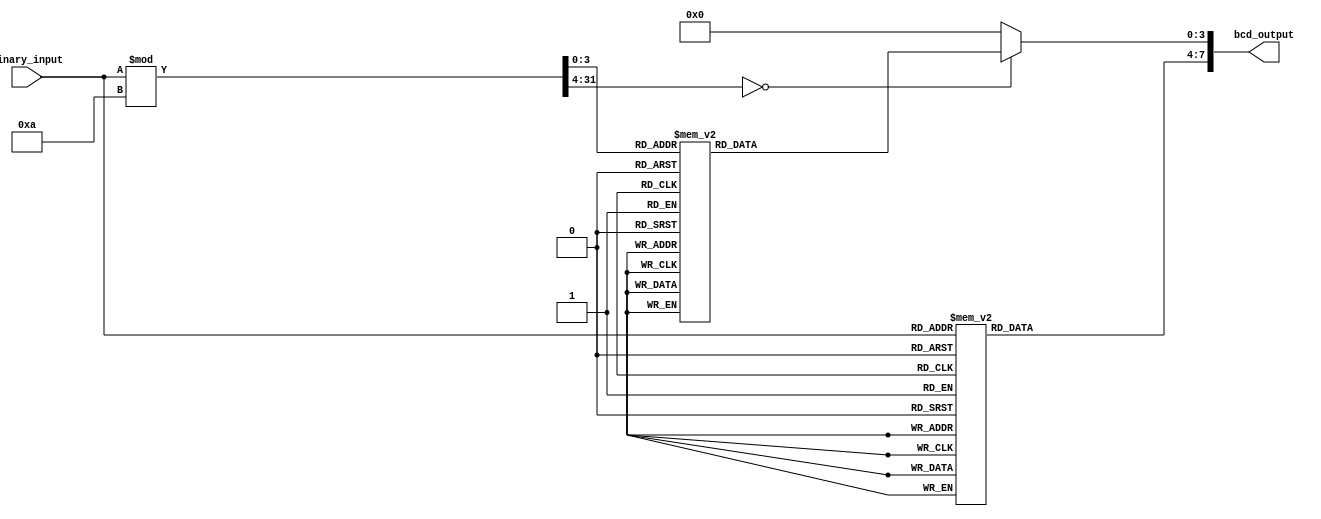
module BinaryToBCD (
  input [4:0] binary_input,
  output reg [7:0] bcd_output
);

  always @* begin
    // Tens place conversion
    case (binary_input)
      5'b00000: bcd_output[7:4] = 4'b0000;
      5'b00001: bcd_output[7:4] = 4'b0000;
      5'b00010: bcd_output[7:4] = 4'b0000;
      5'b00011: bcd_output[7:4] = 4'b0000;
      5'b00100: bcd_output[7:4] = 4'b0000;
      5'b00101: bcd_output[7:4] = 4'b0000;
      5'b00110: bcd_output[7:4] = 4'b0000;
      5'b00111: bcd_output[7:4] = 4'b0000;
      5'b01000: bcd_output[7:4] = 4'b0000;
      5'b01001: bcd_output[7:4] = 4'b0001;
      5'b01010: bcd_output[7:4] = 4'b0001;
      5'b01011: bcd_output[7:4] = 4'b0001;
      5'b01100: bcd_output[7:4] = 4'b0001;
      5'b01101: bcd_output[7:4] = 4'b0001;
      5'b01110: bcd_output[7:4] = 4'b0001;
      5'b01111: bcd_output[7:4] = 4'b0001;
      5'b10000: bcd_output[7:4] = 4'b0001;
      5'b10001: bcd_output[7:4] = 4'b0001;
      5'b10010: bcd_output[7:4] = 4'b0010;
      5'b10011: bcd_output[7:4] = 4'b0010;
      5'b10100: bcd_output[7:4] = 4'b0010;
      5'b10101: bcd_output[7:4] = 4'b0010;
      5'b10110: bcd_output[7:4] = 4'b0010;
      5'b10111: bcd_output[7:4] = 4'b0010;
      5'b11000: bcd_output[7:4] = 4'b0010;
      5'b11001: bcd_output[7:4] = 4'b0010;
      default: bcd_output[7:4] = 4'b0000; // Reset to zero for invalid input
    endcase

    // Ones place conversion
    case (binary_input % 10)
      4'b0000: bcd_output[3:0] = 4'b0000;
      4'b0001: bcd_output[3:0] = 4'b0001;
      4'b0010: bcd_output[3:0] = 4'b0010;
      4'b0011: bcd_output[3:0] = 4'b0011;
      4'b0100: bcd_output[3:0] = 4'b0100;
      4'b0101: bcd_output[3:0] = 4'b0101;
      4'b0110: bcd_output[3:0] = 4'b0110;
      4'b0111: bcd_output[3:0] = 4'b0111;
      4'b1000: bcd_output[3:0] = 4'b1000;
      4'b1001: bcd_output[3:0] = 4'b1001;
      default: bcd_output[3:0] = 4'b0000; // Reset to zero for invalid input
    endcase
  end

endmodule